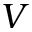
V